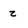
Character: z